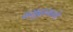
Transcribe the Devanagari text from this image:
समुद्रामागे